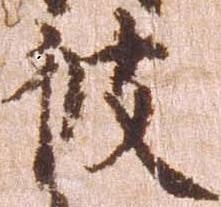
彼